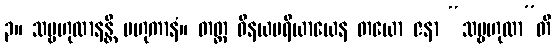
၃။ သမ္ဗဟုလာနန္တိ ဗဟုကာနံ။ တတ္ထ ဝိနယပရိယာယေန တယော ဇနာ “သမ္ဗဟုလာ”တိ